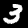
Label: 3